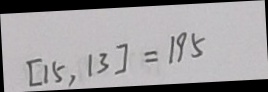
[ 1 5 , 1 3 ] = 1 9 5